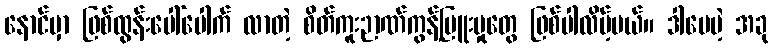
နောင်မှာ ဖြစ်ထွန်းပေါ်ပေါက် လာတဲ့ စိတ်ကူးဉာဏ်ကွန့်မြူးမှုတွေ ဖြစ်ပါလိမ့်မယ်။ ဒါပေမဲ့ အခု